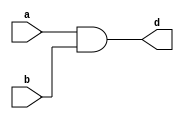
module andGate(input a, b, output d);
	assign d = a&&b;
endmodule